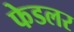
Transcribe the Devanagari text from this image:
फेडलर